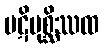
ပဋိပုစ္ဆိဿထ